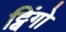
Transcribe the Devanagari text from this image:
ट्विंगो